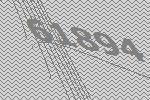
61894